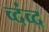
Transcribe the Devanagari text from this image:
व्दंव्द